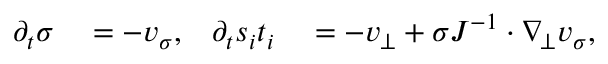
\begin{array} { r l r l } { \partial _ { t } \sigma } & { { } = - v _ { \sigma } , } & { \partial _ { t } s _ { i } t _ { i } } & { { } = - v _ { \bot } + \sigma J ^ { - 1 } \cdot \nabla _ { \! \bot } v _ { \sigma } , } \end{array}